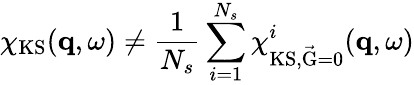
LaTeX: \chi_{\mathrm{KS}}(\mathbf{q},\omega)\neq\frac{1}{N_{s}}\sum_{i=1}^{N_{s}}\chi_{\mathrm{KS,\vec{G}=0}}^{i}(\mathbf{q},\omega)